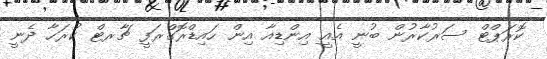
ކޮރަޕްޓް ސަރުކާރުން ބުނީ އެއީ އިންޑިއާ އިން ހައިޑްރޮގްރަފީ ޗާރޓް ކުރަހާ ދެނީ